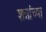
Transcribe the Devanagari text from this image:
शन्नांच्या